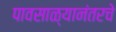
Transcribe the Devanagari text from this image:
पावसाळ्यानंतरचे